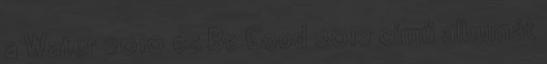
a Water 2010 és Be Good 2012 című albumát